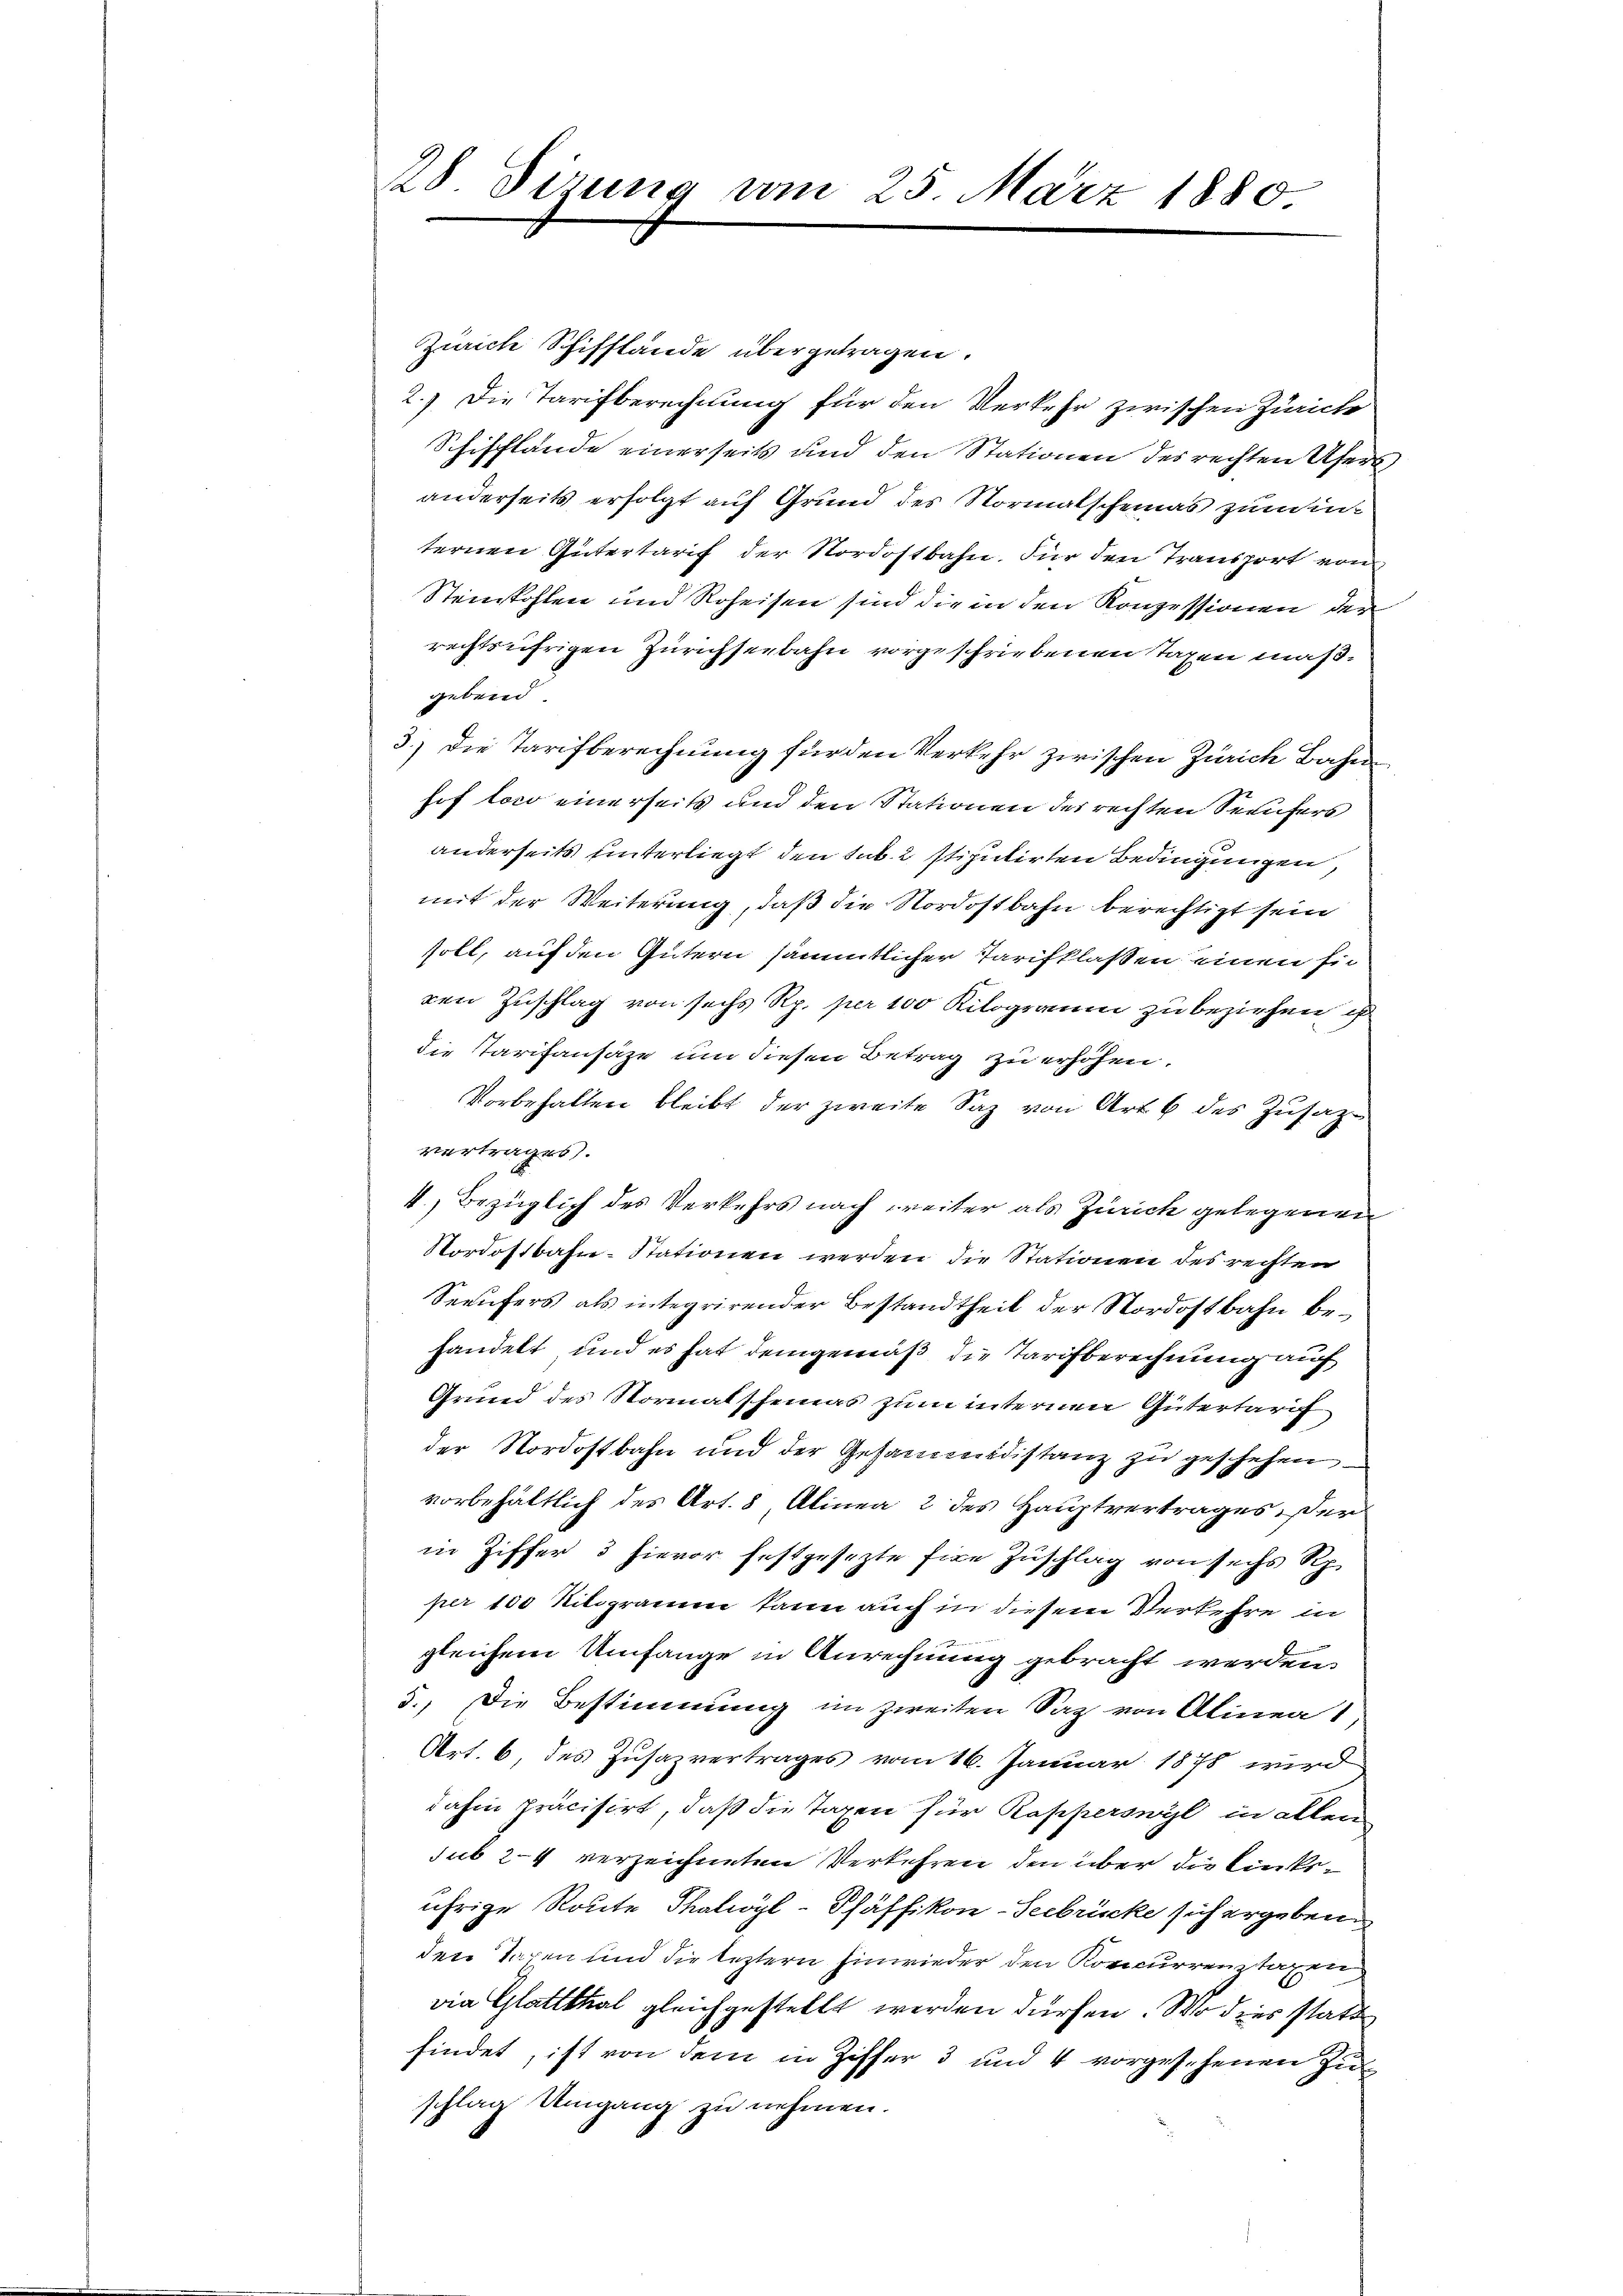
28. Sirung am 25. März 1880

Zürich Schifstände übergetragen.
2.) Die Tarifberechnung für den Verkehr zwischen Zürich
Schifflände einerseits und den Stationen des rechten Ufers,
anderseits erfolgt auf Grund des Normalscheinas zumin-
ternen Gütertarif der Nordostbahn. Für den Transport von
Steinkohlen und Roheisen sind die in den Konzessionen der
rechtsufrigen Zürichseebahn vorgeschriebenen Tagen maßgebend.
3.) Die Tarifberechnung für den Verkehr zwischen Zürich Bahn
hof loco einerseits und den Stationen des rechten Seeufers
anderseits unterliegt, den sub. 2 stiputirten Bedingungen,
mit der Weiterung, daß die Nordostbahn berechtigt sein
soll, auf den Gütern sämmtlicher Tarifklassen einen sic
den Zuschlag von sechs Rp. per 100 Kilogramm zu beziehen, is
die Taritansäze um diesen Betrag zu erhöhen.
Vorbehalten bleibt der zweite Saz von Art. 6 des Zusatz-
vertrages.
4, Bezüglich des Verkehrs nach weiter als Zürich gelegenen
Nordostbahn-Stationen werden die Stationen des rechten
Seeufers als integrirender Bestandtheil der Nordostbahn behandelt, und es hat demgemäß die Tarifberechnung auf
Grund des Normalscheinas zum internen Gütertarif
der Nordostbahn und der Gesammidistanz zu geschehen
vorbehältlich des Art. 8, Alinea 2 des Hauptvertrages. Der
in Ziffer 3 hievor festgesezte Eine Zuschlag von sechs Rp.
per 100 Kilogramm kann auch in diesem Verkehre in
gleichem Umfange in Anrechnung gebracht werden.
5.) Die Bestimmung im zweiten Sag von Alinea
Art. 6, des Zusazvertrages vom 16. Januar 1878 wird
dahin präcisirt, daß die Taxen für Rapperswyl in allen
sub 24 verzeichneten Verkehren den über die Linksührige Route Thalivyl-Pfäffikon-Seebrücke sich ergeben
dere Tagen und die leztern hinwieder den Koncurrenztagen
via Glattthal gleichgestellt werden dürfen. Wo dies statt
findet, ist von dem in Ziffer 3 und 4 vorgesehenen Zuschlag Umgang zu nehmen.